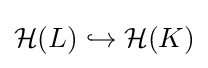
{\mathcal {H}}(L)\hookrightarrow {\mathcal {H}}(K)